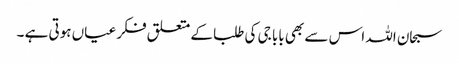
سبحان اللہ اس سے بھی بابا جی کی طلبا کے متعلق فکر عیاں ہوتی ہے ۔